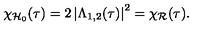
\chi _ { \mathcal { H } _ { 0 } } ( \tau ) = 2 \left| \Lambda _ { 1 , 2 } ( \tau ) \right| ^ { 2 } = \chi _ { \mathcal { R } } ( \tau ) .